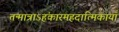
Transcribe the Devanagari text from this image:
तन्मात्राऽहंकारमहदात्मिकायाँ